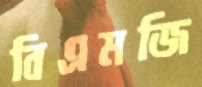
বিএমজি